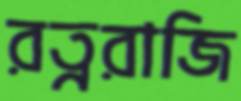
রত্নরাজি